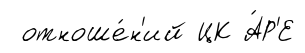
отноше́н'ий ЦК А́Р'Е